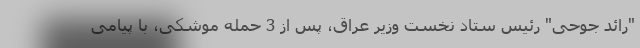
"رائد جوحی" رئیس ستاد نخست وزیر عراق، پس از 3 حمله موشکی، با پیامی